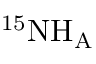
^ { 1 5 } \mathrm { N } \mathrm { H _ { A } }